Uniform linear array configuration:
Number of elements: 4
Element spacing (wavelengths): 0.25
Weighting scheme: hann
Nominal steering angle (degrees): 45
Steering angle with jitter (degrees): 46.556
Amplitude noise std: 0.05
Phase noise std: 0.05

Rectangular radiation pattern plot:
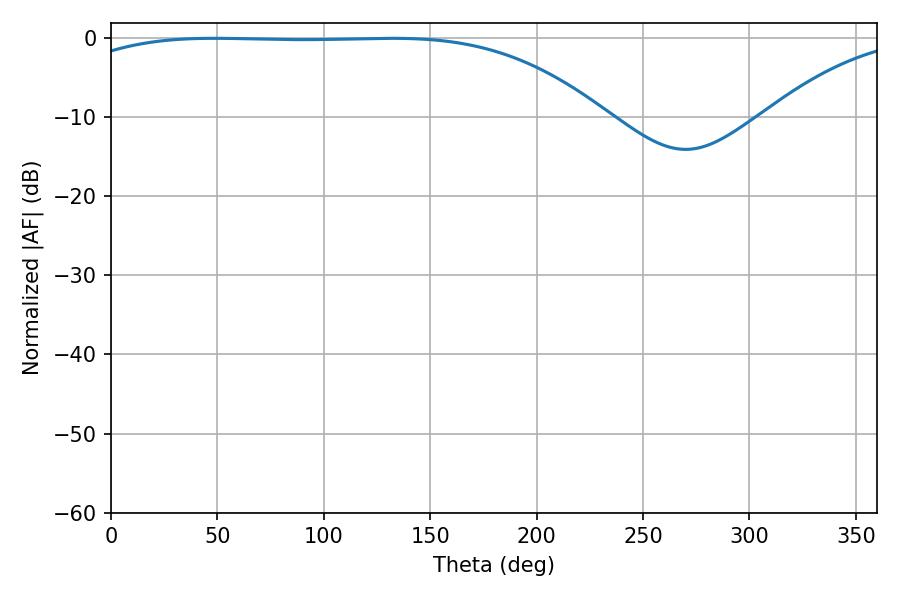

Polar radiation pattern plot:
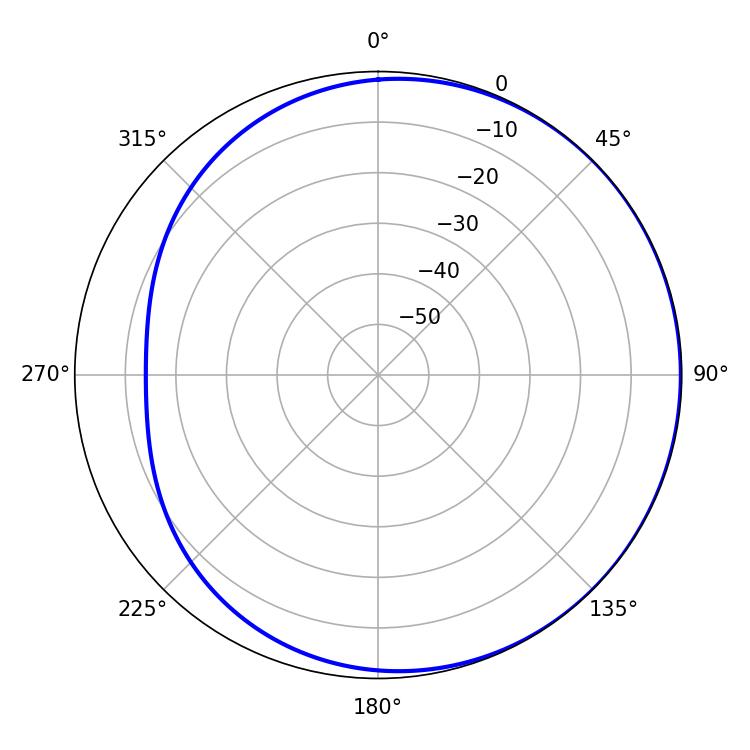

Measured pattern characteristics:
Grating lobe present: FALSE
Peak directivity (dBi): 0.8552
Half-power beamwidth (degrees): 194.4
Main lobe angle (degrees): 48.6